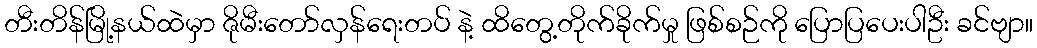
တီးတိန်မြို့နယ်ထဲမှာ ဇိုမီးတော်လှန်ရေးတပ် နဲ့ ထိတွေ့တိုက်ခိုက်မှု ဖြစ်စဉ်ကို ပြောပြပေးပါဦး ခင်ဗျာ။